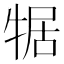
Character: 𮳼